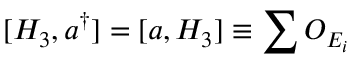
[ H _ { 3 } , a ^ { \dagger } ] = [ a , H _ { 3 } ] \equiv \sum { \cal O } _ { E _ { i } }